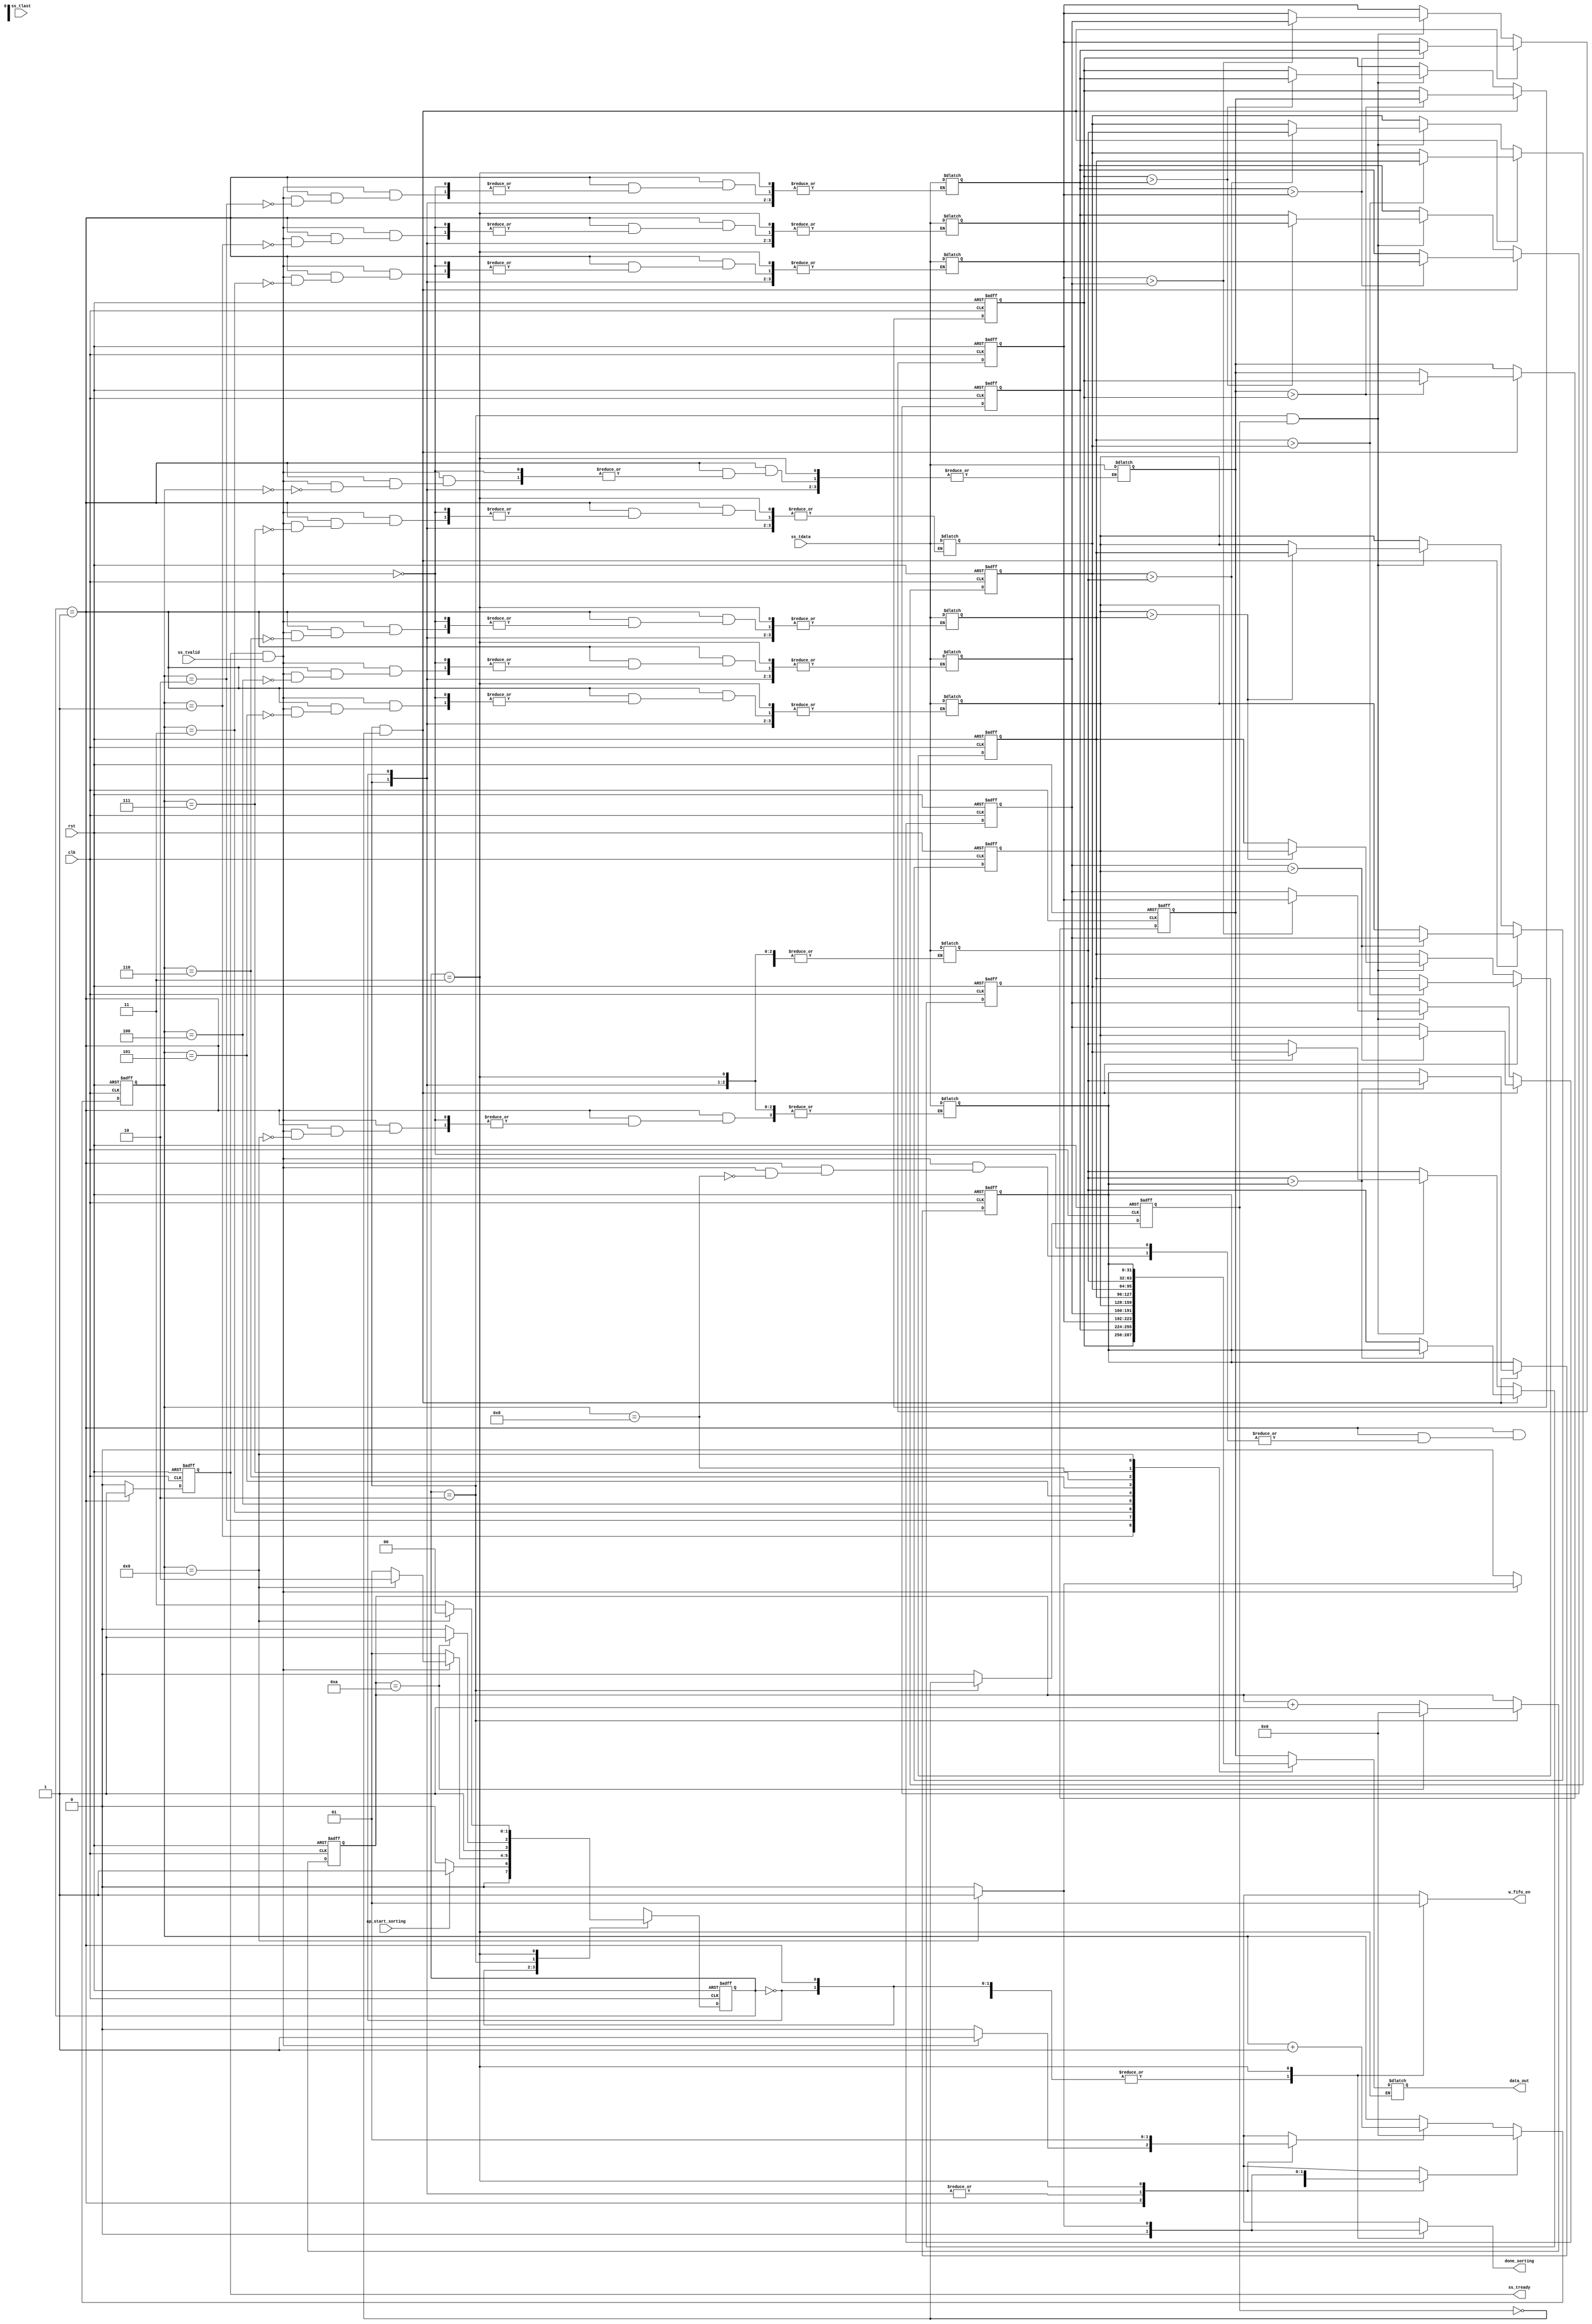
module sorting(
    input clk,
    input rst, 
    //AXI_stream_slave
    input                       ss_tvalid, 
    input   [31:0]              ss_tdata, 
    input                       ss_tlast, 
    output  reg                 ss_tready, 
    input                       ap_start_sorting,
    //out
    output reg   [31:0]         data_out,
    output reg                  w_fifo_en,
    output reg                  done_sorting
);

localparam IDLE = 2'd0;
localparam READ = 2'd1;
localparam OPER = 2'd2;
localparam OUT = 2'd3;

// AXI-stream
reg ss_tready_d;

reg [1:0] state_d, state_q;
// reg [31:0] arr_d [0:9];
// reg [31:0] arr_q [0:9];
reg [31:0] arr [0:9];
reg [3:0] counter_r_q, counter_r_d;
reg counter_r_rst, counter_r_en;

integer i;

wire done;
reg sort_idx;
reg [3:0] sort_cnt;

always @(*) begin
    if (state_q == READ)
        ss_tready_d = 1'd1;
    else
        ss_tready_d = 1'd0;
end

always @(*) begin
    counter_r_rst = 1'd0;
    counter_r_en = 1'd0;
    w_fifo_en = 1'd0;
    done_sorting = 1'd0;

    case (state_q)
        IDLE: begin
            if (ap_start_sorting) begin
                state_d = READ;
            end
            else begin
                state_d = IDLE;
            end
        end
        READ: begin
            if(ss_tready && ss_tvalid) begin
                counter_r_en = 1'd1;
                arr[counter_r_q] = ss_tdata;

                if(counter_r_q == 9) begin
                    counter_r_rst = 1'd1;
                    state_d = OPER;                        
                end
                else 
                    state_d = READ;
            end
            else begin
                state_d = READ;
            end
        end
        OPER: begin
            if (done)
                state_d = OUT;
            else
                state_d = OPER;
        end
        OUT: begin 
            w_fifo_en = 1;
            counter_r_en = 1'd1;
            if (counter_r_q == 9) begin
                counter_r_rst = 1'd1;
                done_sorting = 1'd1;
                state_d = IDLE;
            end
            else
                state_d = OUT;
        end
    endcase
end

always @(*) begin   //counter_r_q
    if(counter_r_rst)
        counter_r_d = 4'd0;
    else if(counter_r_en)
        counter_r_d = counter_r_q + 1;
    else 
        counter_r_d = counter_r_q;
end

////// sort //////
assign done = (sort_cnt == 10);

always@(posedge clk or posedge rst) begin
    if(rst)
        sort_idx <= 0;
    else if(state_q == OPER)
        sort_idx <= ~sort_idx;
    else
        sort_idx <= 0;
end
       
always@(posedge clk or posedge rst) begin
    if(rst)
        sort_cnt <= 0;
    else if(state_q == OPER)
        sort_cnt <= (sort_cnt == 10) ? 0 : sort_cnt+1;
end

always@(posedge clk or posedge rst) begin
    if(rst) begin
        for(i=0; i<10; i=i+1) begin
            arr[i] <= 0;
        end
    end
    else if(state_q == OPER && ~sort_idx) begin
        for(i=0; i<10; i=i+2) begin
            arr[i] <= (arr[i] > arr[i+1]) ? arr[i+1] : arr[i];
            arr[i+1] <= (arr[i] > arr[i+1]) ? arr[i] : arr[i+1];
        end
    end
    else if(state_q == OPER && sort_idx) begin
        for(i=1; i<9; i=i+2) begin
            arr[i] <= (arr[i] > arr[i+1]) ? arr[i+1] : arr[i];
            arr[i+1] <= (arr[i] > arr[i+1]) ? arr[i] : arr[i+1];
        end
    end
end
////// sort //////

always @(*) begin
    if (state_q == OUT) begin
        data_out = arr[counter_r_q];
    end
end


always @(posedge clk or posedge rst) begin
    if (rst) begin
        ss_tready <= 1'd0;
        state_q <= 2'd0;
        counter_r_q <= 4'd0;
        // for(i=0; i<10; i=i+1) begin
        //     arr_q[i] <= 32'd0;
        // end
    end
    else begin
        ss_tready <= ss_tready_d;
        state_q <= state_d;
        counter_r_q <= counter_r_d;
        // for(i=0; i<10; i=i+1) begin
        //     arr_q[i] <= arr_d[i];
        // end
    end
end

endmodule